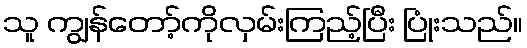
သူ ကျွန်တော့်ကိုလှမ်းကြည့်ပြီး ပြုံးသည်။